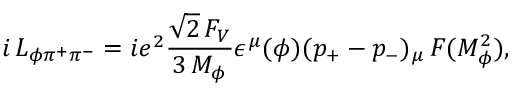
i \, { \cal L } _ { \phi \pi ^ { + } \pi ^ { - } } = i e ^ { 2 } \frac { \sqrt { 2 } \, F _ { V } } { 3 \, M _ { \phi } } \epsilon ^ { \mu } ( \phi ) ( p _ { + } - p _ { - } ) _ { \mu } \, F ( M _ { \phi } ^ { 2 } ) ,